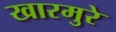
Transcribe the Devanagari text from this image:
खारमुरे